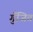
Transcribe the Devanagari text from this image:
गुँजित